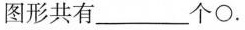
图形共有___个\circ.